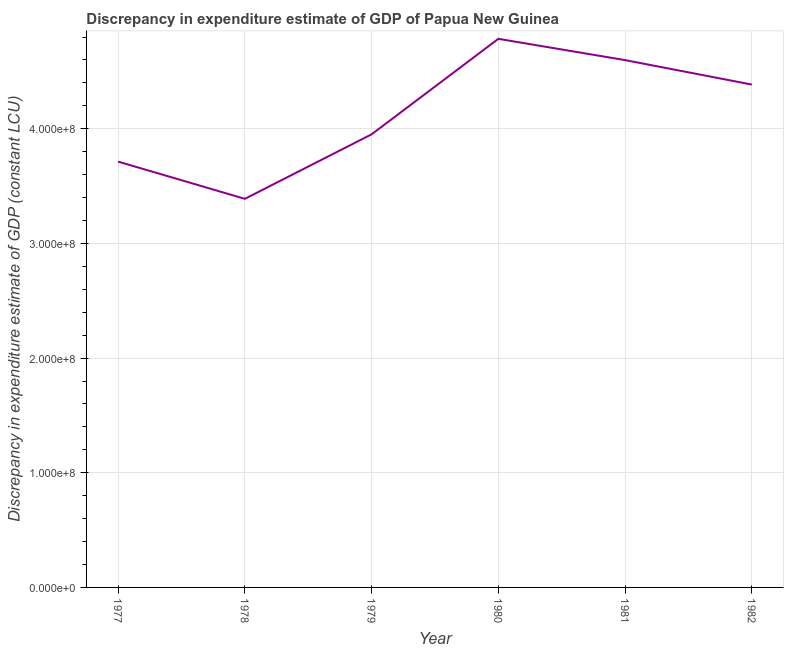
| Year | Discrepancy constant LCU |
 | --- | --- |
 | 1977 | 3.71e+08 |
 | 1978 | 3.39e+08 |
 | 1979 | 3.95e+08 |
 | 1980 | 4.78e+08 |
 | 1981 | 4.6e+08 |
 | 1982 | 4.39e+08 |